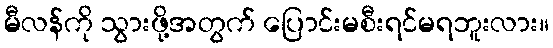
မီလန်ကို သွားဖို့အတွက် ပြောင်းမစီးရင်မရဘူးလား။